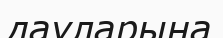
дауларына